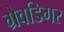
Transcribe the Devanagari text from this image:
ग्रेवडिगर